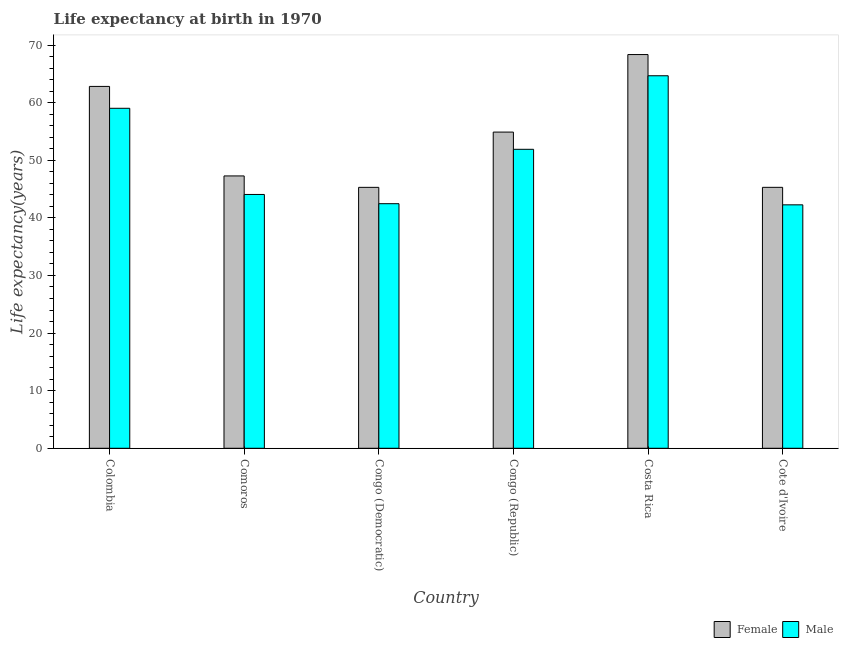
| Country | Female | Male |
 | --- | --- | --- |
 | Colombia | 62.8 | 59 |
 | Comoros | 47.3 | 44.1 |
 | Congo (Democratic) | 45.3 | 42.5 |
 | Congo (Republic) | 54.9 | 51.9 |
 | Costa Rica | 68.3 | 64.7 |
 | Cote d'Ivoire | 45.3 | 42.3 |